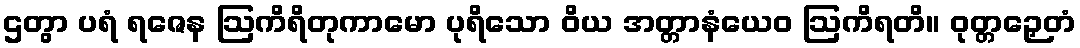
ဌတွာ ပရံ ရဇေန ဩကိရိတုကာမော ပုရိသော ဝိယ အတ္တာနံယေဝ ဩကိရတိ။ ဝုတ္တဉှေတံ